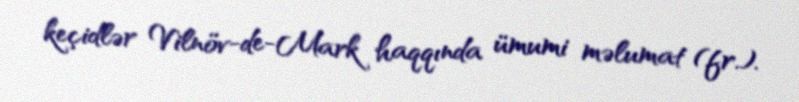
keçidlər Vilnöv-de-Mark haqqında ümumi məlumat (fr.).